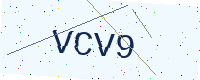
Text: VCV9